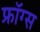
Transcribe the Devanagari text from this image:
फ्रॉग्स